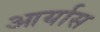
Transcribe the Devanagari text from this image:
आर्यास